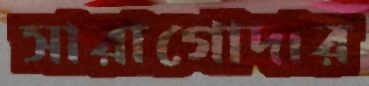
সারাগোদার